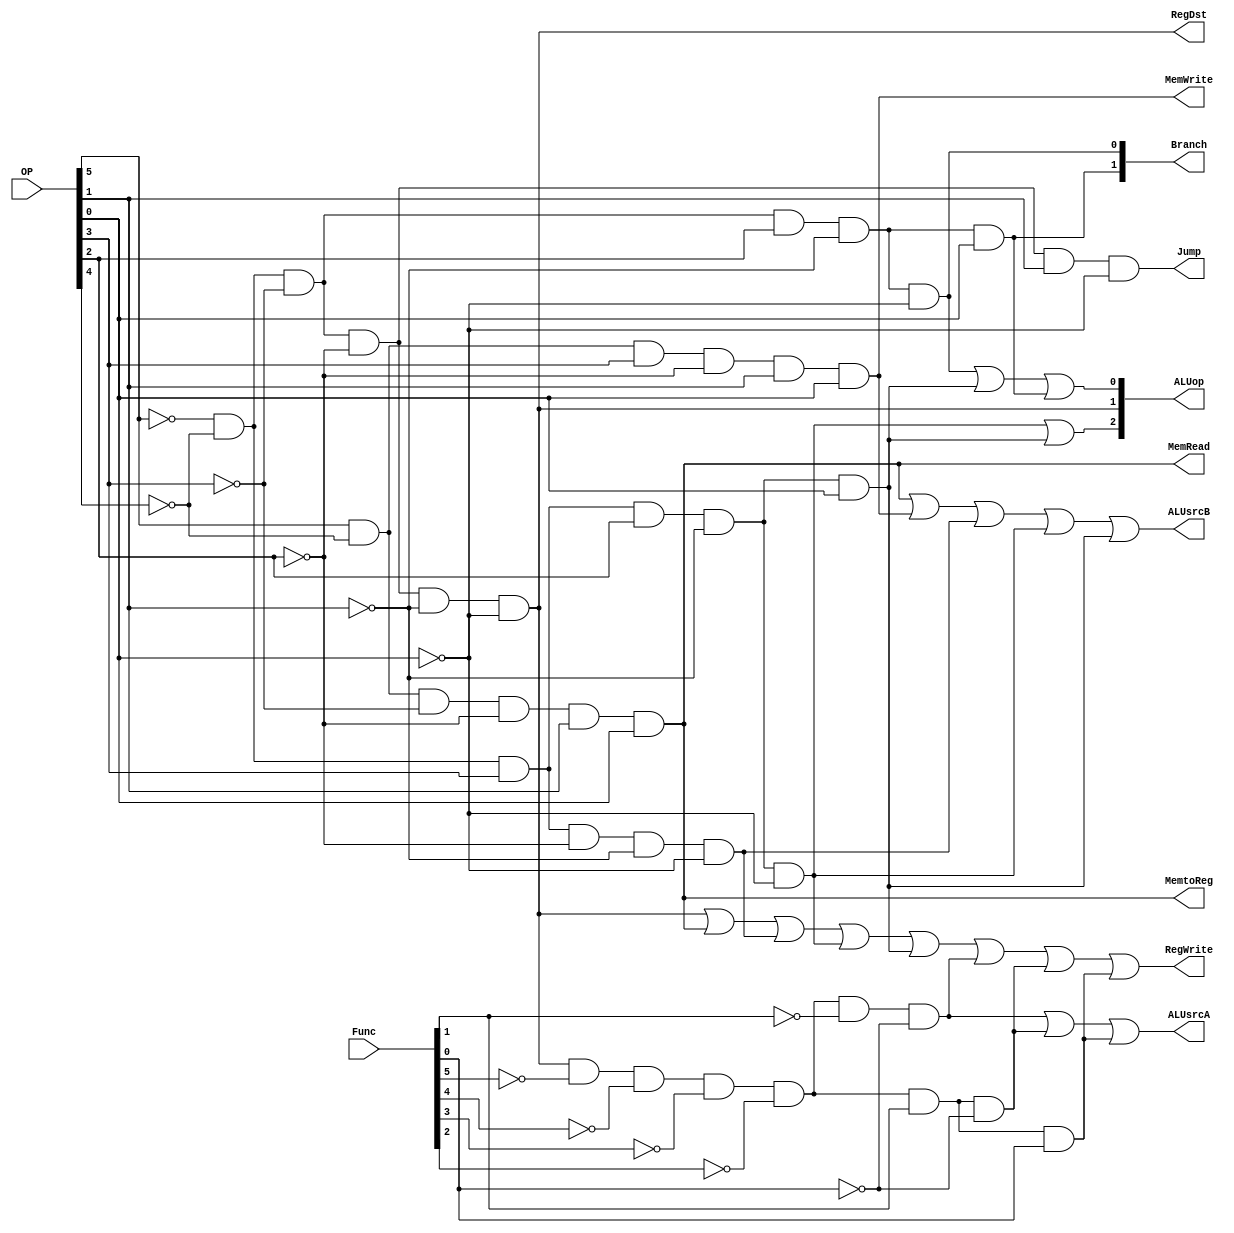
`timescale 1ns / 1ps
//////////////////////////////////////////////////////////////////////////////////
// Company: 
// Engineer: 
// 
// Design Name: 
// Module Name:    SingleCtrl 
// Project Name: 
// Target Devices: 
// Tool versions: 
// Description: 
//
// Dependencies: 
//
// Revision: 
// Revision 0.01 - File Created
// Additional Comments: 
//
//////////////////////////////////////////////////////////////////////////////////
module SingleCtrl(
input [5:0] OP,
input [5:0] Func,
output [2:0] ALUop,
output RegDst, 
output ALUsrcA,
output ALUsrcB, 
output MemtoReg, 
output RegWrite,
output MemRead, 
output MemWrite, 
output [1:0]Branch, 
output Jump
	);
wire R,Lw,Se,Beq,Bne,Addi,Andi,Ori,J,Sll,Srl,Sra;
assign R=~OP[5]&~OP[4]&~OP[3]&~OP[2]&~OP[1]&~OP[0];
assign Lw=OP[5]&~OP[4]&~OP[3]&~OP[2]&OP[1]&OP[0];
assign Sw=OP[5]&~OP[4]&OP[3]&~OP[2]&OP[1]&OP[0];
assign Beq=~OP[5]&~OP[4]&~OP[3]&OP[2]&~OP[1]&~OP[0];
assign Bne=~OP[5]&~OP[4]&~OP[3]&OP[2]&~OP[1]&OP[0];
assign Addi=~OP[5]&~OP[4]&OP[3]&~OP[2]&~OP[1]&~OP[0];
assign Andi=~OP[5]&~OP[4]&OP[3]&OP[2]&~OP[1]&~OP[0];
assign Ori=~OP[5]&~OP[4]&OP[3]&OP[2]&~OP[1]&OP[0];
assign J=~OP[5]&~OP[4]&~OP[3]&~OP[2]&OP[1]&~OP[0];
assign Sll=R&~Func[5]&~Func[4]&~Func[3]&~Func[2]&~Func[1]&~Func[0]; //000000
assign Srl=R&~Func[5]&~Func[4]&~Func[3]&~Func[2]&Func[1]&~Func[0]; //000010
assign Sra=R&~Func[5]&~Func[4]&~Func[3]&~Func[2]&Func[1]&Func[0]; //000011
assign RegDst=R; 
assign ALUsrcB=Lw|Sw|Addi|Andi|Ori;
assign ALUsrcA=Sll|Srl|Sra;
assign MemtoReg=Lw;
assign RegWrite=R|Lw|Addi|Andi|Ori|Sll|Srl|Sra;
assign MemRead=Lw;
assign MemWrite=Sw;
assign Branch[0]=Beq;
assign Branch[1]=Bne;
assign ALUop[2]=Andi|Ori;
assign ALUop[1]=R;
assign ALUop[0]=Beq|Ori|Bne;
assign Jump=J;
/*and (RegDst, ~OP[5],~OP[4],~OP[3],~OP[2],~OP[1],~OP[0]);
and (ALUsrc, OP[5],~OP[4], ~OP[2], OP[1], OP[0]);
and (MemtoReg, OP[5],~OP[4],~OP[3],~OP[2], OP[1], OP[0]);
and (RegWrite, ~OP[4],~OP[3],~OP[2] );
and (MemRead, OP[5],~OP[4],~OP[3],~OP[2], OP[1], OP[0]);
and (MemWrite, OP[5],~OP[4], OP[3],~OP[2], OP[1], OP[0]);
and (Branch, ~OP[5],~OP[4],~OP[3], OP[2],~OP[1],~OP[0]);
and (ALUop[1], ~OP[5],~OP[4],~OP[3],~OP[2],~OP[1],~OP[0]);
and (ALUop[0], ~OP[5],~OP[4],~OP[3], OP[2],~OP[1],~OP[0]);
and (Jump, ~OP[5], ~OP[4], ~OP[3], ~OP[2], OP[1], ~OP[0]);*/

endmodule